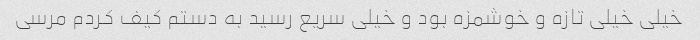
خیلی خیلی تازه و خوشمزه بود و خیلی سریع رسید به دستم کیف کردم مرسی